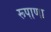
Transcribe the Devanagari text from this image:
रूपाणा